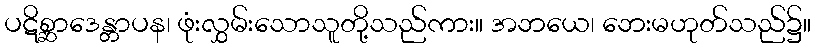
ပဋိစ္ဆာဒေန္တာပန၊ ဖုံးလွှမ်းသောသူတို့သည်ကား။ အဘယေ၊ ဘေးမဟုတ်သည်၌။